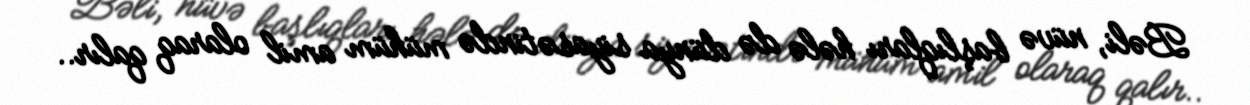
Bəli, nüvə başlıqları hələ də dünya siyasətində mühüm amil olaraq qalır..